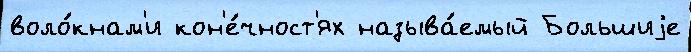
воло́кнам'и кон'е́чност'ях называ́емый Большиjе